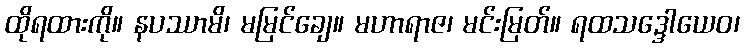
ထိုရထားကို။ နပဿာမိ၊ မမြင်ချေ။ မဟာရာဇ၊ မင်းမြတ်။ ရထသဒ္ဒေါယေဝ၊